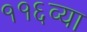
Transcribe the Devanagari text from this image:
११६व्या